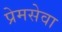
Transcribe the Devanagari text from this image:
प्रेमसेवा